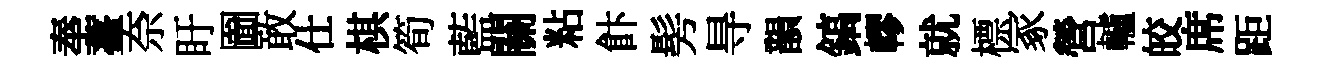
奉薹奈盱圗敢仕棋筍藍關粘飰髣㝵韻鎬轇就標冢營轤皎席距